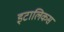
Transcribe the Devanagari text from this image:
इटालिकस